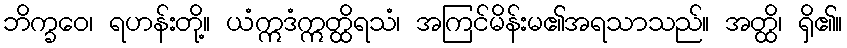
ဘိက္ခဝေ၊ ရဟန်းတို့။ ယံဣဒံဣတ္ထိရသံ၊ အကြင်မိန်းမ၏အရသာသည်။ အတ္ထိ၊ ရှိ၏။